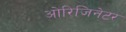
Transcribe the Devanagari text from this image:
ओरिजिनेटर